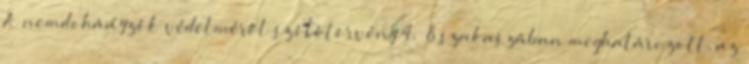
A nemdohányzók védelméről szólótörvény 4.§ 8 szakaszában meghatározott, az